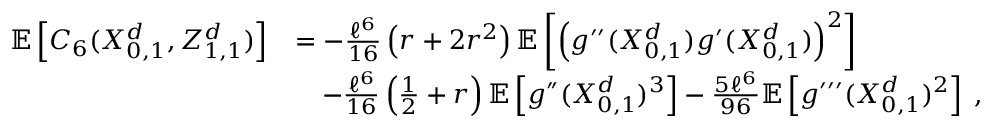
\begin{array} { r l } { \mathbb { E } \left[ C _ { 6 } ( X _ { 0 , 1 } ^ { d } , Z _ { 1 , 1 } ^ { d } ) \right] } & { = - \frac { \ell ^ { 6 } } { 1 6 } \left( r + 2 r ^ { 2 } \right) \mathbb { E } \left[ \left( g ^ { \prime \prime } ( X _ { 0 , 1 } ^ { d } ) g ^ { \prime } ( X _ { 0 , 1 } ^ { d } ) \right) ^ { 2 } \right] } \\ & { \quad - \frac { \ell ^ { 6 } } { 1 6 } \left( \frac { 1 } { 2 } + r \right) \ensuremath { \mathbb { E } \left[ g ^ { \dprime } ( X _ { 0 , 1 } ^ { d } ) ^ { 3 } \right] } - \frac { 5 \ell ^ { 6 } } { 9 6 } \ensuremath { \mathbb { E } \left[ g ^ { \prime \prime \prime } ( X _ { 0 , 1 } ^ { d } ) ^ { 2 } \right] } \; , } \end{array}